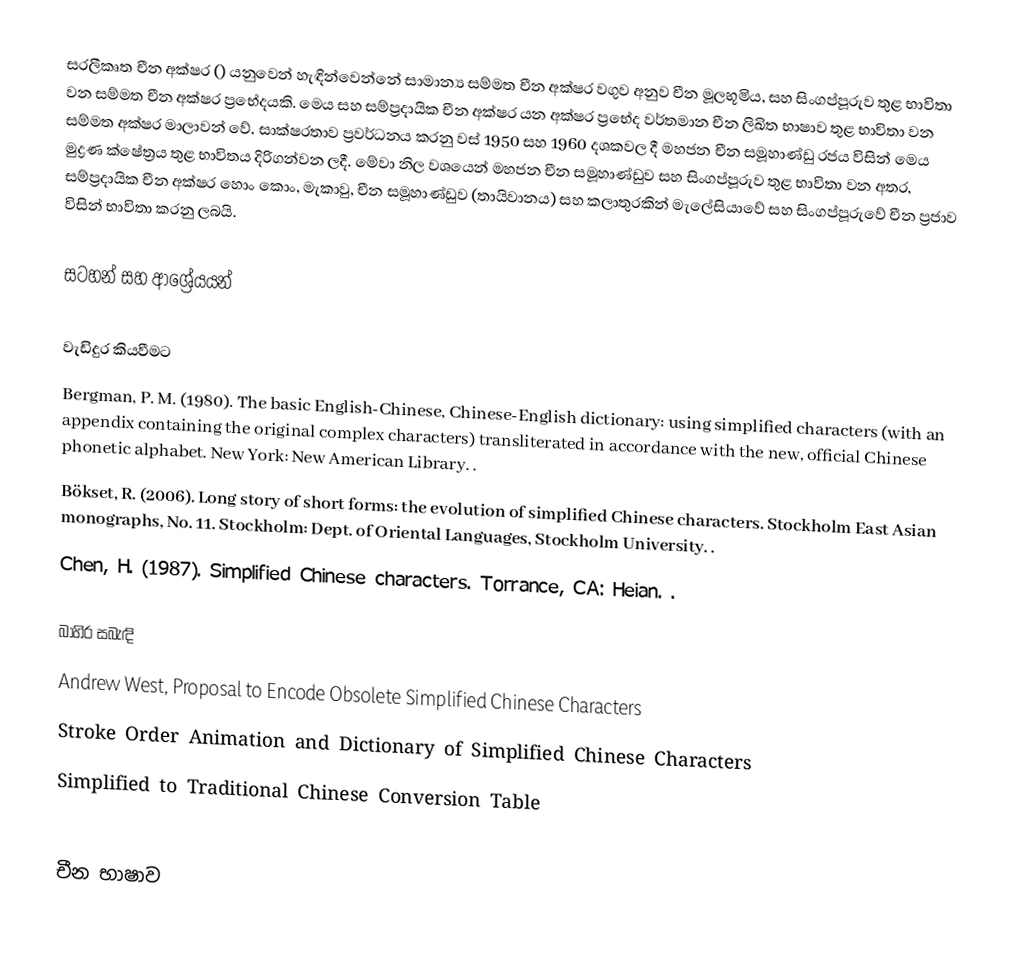
සරලීකෘත චීන අක්ෂර () යනුවෙන් හැඳින්වෙන්නේ සාමාන්‍ය සම්මත චීන අක්ෂර වගුව අනුව චීන මූලභූමිය, සහ සිංගප්පූරුව තුළ භාවිතා වන සම්මත චීන අක්ෂර ප්‍රභේදයකි. මෙය සහ සම්ප්‍රදායික චීන අක්ෂර යන අක්ෂර ප්‍රභේද වර්තමාන චීන ලිඛිත භාෂාව තුළ භාවිතා වන සම්මත අක්ෂර මාලාවන් වේ. සාක්ෂරතාව ප්‍රවර්ධනය කරනු වස් 1950 සහ 1960 දශකවල දී මහජන චීන සමූහාණ්ඩු රජය විසින් මෙය මුද්‍රණ ක්ෂේත්‍රය තුළ භාවිතය දිරිගන්වන ලදී. මේවා නිල වශයෙන් මහජන චීන සමූහාණ්ඩුව සහ සිංගප්පූරුව තුළ භාවිතා වන අතර, සම්ප්‍රදායික චීන අක්ෂර හොං කොං, මැකාවු, චීන සමූහාණ්ඩුව (තායිවානය) සහ කලාතුරකින් මැලේසියාවේ සහ සිංගප්පූරුවේ චීන ප්‍රජාව විසින් භාවිතා කරනු ලබයි.

සටහන් සහ ආශ්‍රේයයන්

වැඩිදුර කියවීමට
 Bergman, P. M. (1980). The basic English-Chinese, Chinese-English dictionary: using simplified characters (with an appendix containing the original complex characters) transliterated in accordance with the new, official Chinese phonetic alphabet. New York: New American Library. .
 Bökset, R. (2006). Long story of short forms: the evolution of simplified Chinese characters. Stockholm East Asian monographs, No. 11. Stockholm: Dept. of Oriental Languages, Stockholm University. .
 Chen, H. (1987). Simplified Chinese characters. Torrance, CA: Heian. .

බාහිර සබැඳි
 Andrew West, Proposal to Encode Obsolete Simplified Chinese Characters
 Stroke Order Animation and Dictionary of Simplified Chinese Characters
 Simplified to Traditional Chinese Conversion Table

චීන භාෂාව